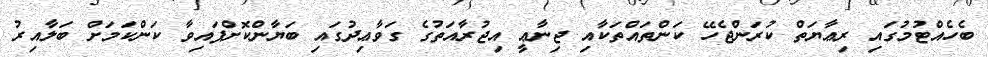
ބެހެއްޓުމުގައި ރިޢާޔަތް ކުރަންޖެހޭ ކަންތައްތަކާއި ޖިނާޢީ އިޖުރާއަތުގެ ގަވާޢިދުގައި ބަޔާންކޮށްފައިވާ ކަންކަމަށް ބަލާއިރު